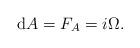
LaTeX: \begin{align*}\mathrm{d} A = F_A = i \Omega.\end{align*}